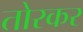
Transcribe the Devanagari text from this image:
तोरकर